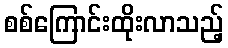
စစ်ကြောင်းထိုးလာသည့်